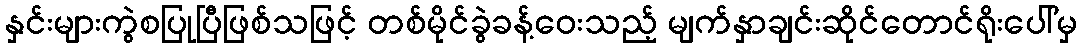
နှင်းများကွဲစပြုပြီဖြစ်သဖြင့် တစ်မိုင်ခွဲခန့်ဝေးသည့် မျက်နှာချင်းဆိုင်တောင်ရိုးပေါ်မှ